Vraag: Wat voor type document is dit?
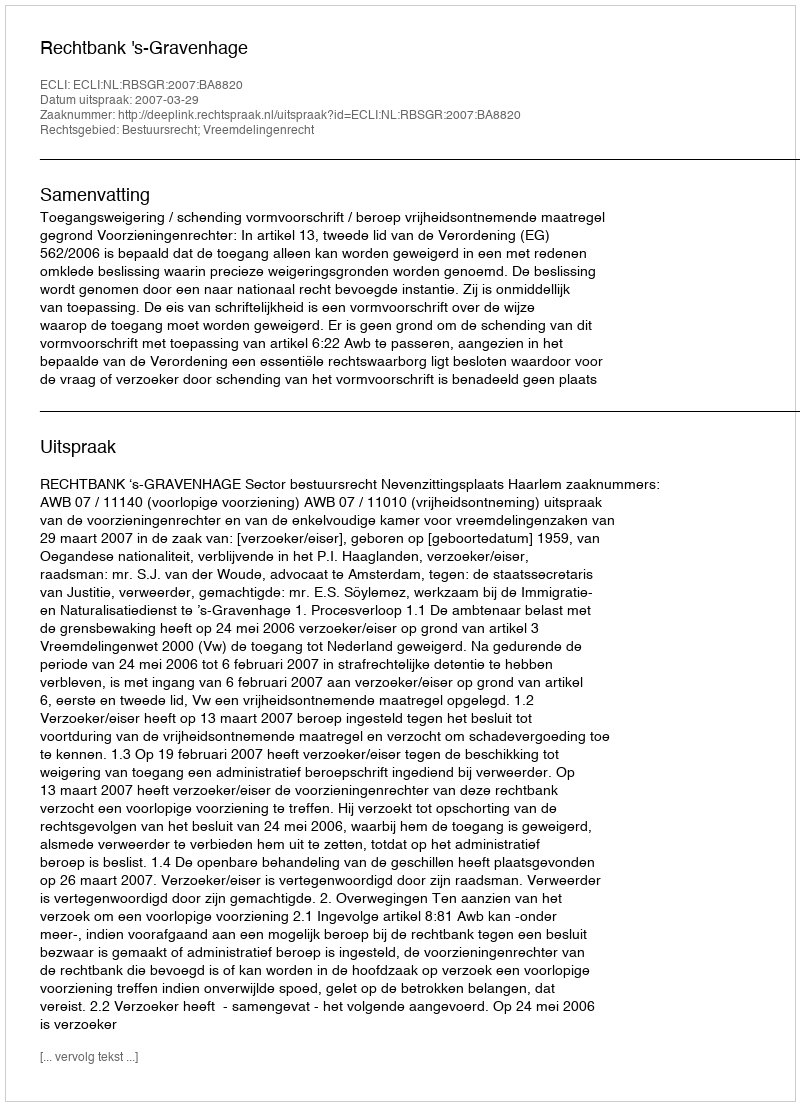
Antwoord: Uitspraak